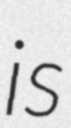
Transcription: is